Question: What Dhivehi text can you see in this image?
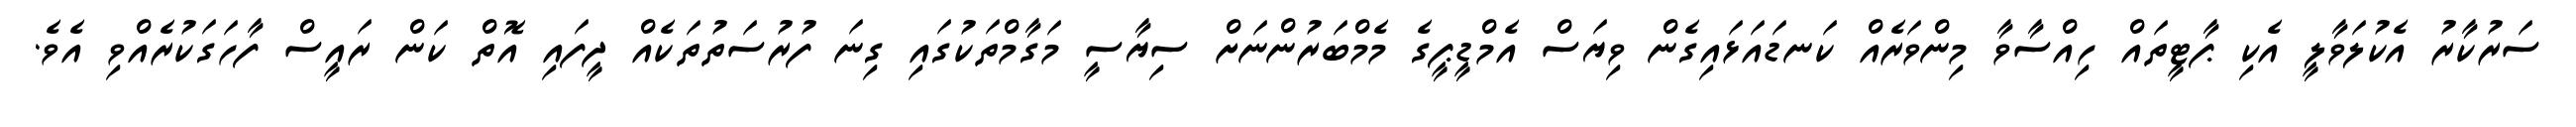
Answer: ސަރުކާރު އެކުލަވާލީ އެކި ޕާޓީތައް ހިއްސާވާ މިންވަރެއް ކަނޑައަޅައިގެން ވިޔަސް އެމްޑީޕީގެ މެމްބަރުންނަށް ސިޔާސީ މަގާމްތަކުގައި ގިނަ ފުރުސަތުތަކެއް ދީފައި އޮތް ކަން ރައީސް ފާހަގަކުރެއްވި އެވެ.